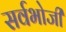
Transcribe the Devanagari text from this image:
सर्वभोजी